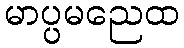
မာပ္ပမညေထ